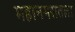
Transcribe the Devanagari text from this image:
महानगरातला